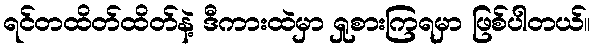
ရင်တထိတ်ထိတ်နဲ့ ဒီကားထဲမှာ ရှုစားကြရမှာ ဖြစ်ပါတယ်။